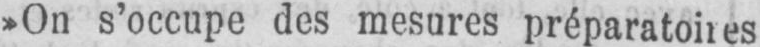
»On s’occupe des mesures préparatoires